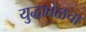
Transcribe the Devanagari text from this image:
युद्धावेळचा